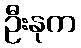
ဦးနုက